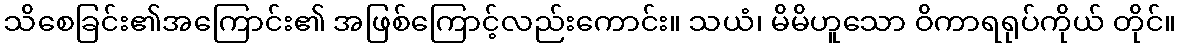
သိစေခြင်း၏အကြောင်း၏ အဖြစ်ကြောင့်လည်းကောင်း။ သယံ၊ မိမိဟူသော ဝိကာရရုပ်ကိုယ် တိုင်။